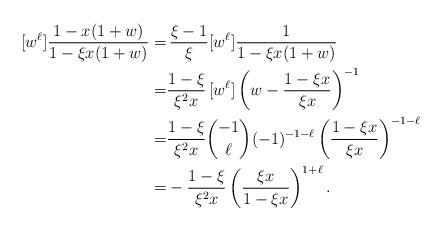
LaTeX: \begin{align*}[w^{\ell}]\frac{1-x(1+w)}{1-\xi x(1+w)}=&\,\frac{\xi-1}{\xi}[w^{\ell}] \frac{1}{1-\xi x(1+w)}\\=&\frac{1-\xi}{\xi^2x}\,[w^{\ell}]\left(w-\frac{1-\xi x}{\xi x}\right)^{-1}\\=&\frac{1-\xi}{\xi^2 x}\binom{-1}{\ell}(-1)^{-1-\ell}\left(\frac{1-\xi x}{\xi x}\right)^{-1-\ell}\\=&-\frac{1-\xi}{\xi^2 x}\left(\frac{\xi x}{1-\xi x}\right)^{1+\ell}.\end{align*}